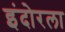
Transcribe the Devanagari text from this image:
इंदोरला